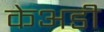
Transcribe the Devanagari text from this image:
केअडी